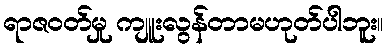
ရာဇဝတ်မှု ကျူးလွန်တာမဟုတ်ပါဘူး။